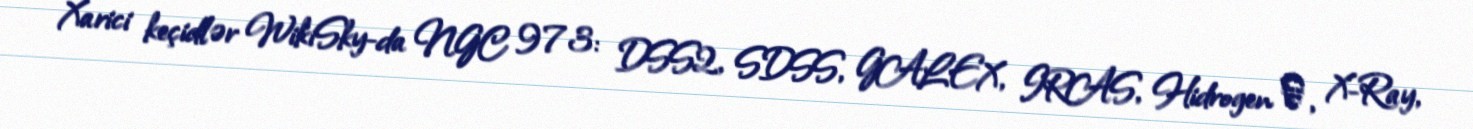
Xarici keçidlər WikiSky-da NGC 973: DSS2, SDSS, GALEX, IRAS, Hidrogen α, X-Ray,